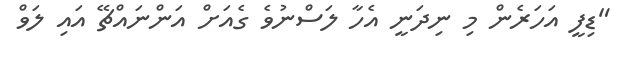
"ޑިފީ އަހަރެން މި ނިދަނީ އެހާ ލަސްނުވެ ގެއަށް އަންނައްޗޭ އައި ލަވް